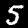
Label: 5